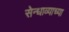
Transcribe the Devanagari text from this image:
सेन्धाव्याच्या